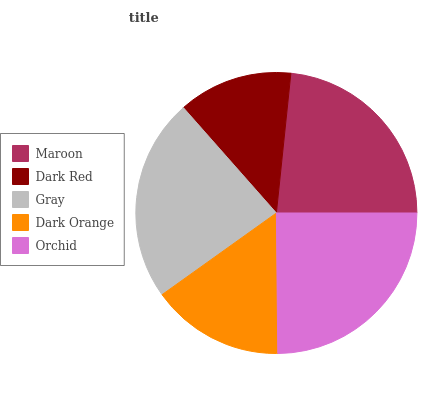
| Maroon | Dark Red | Gray | Dark Orange | Orchid |
 | --- | --- | --- | --- | --- |
 | 23.4% | 13.2% | 23.4% | 15.3% | 24.8% |